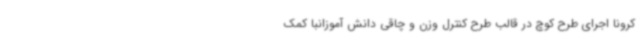
کرونا اجرای طرح کوچ در قالب طرح کنترل وزن و چاقی دانش آموزانبا کمک